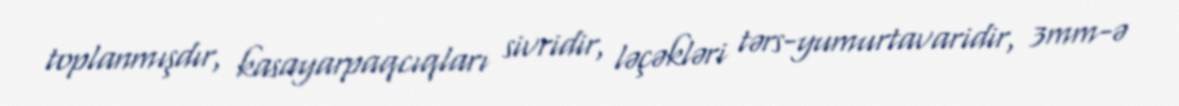
toplanmışdır, kasayarpaqcıqları sivridir, ləçəkləri tərs-yumurtavaridir, 3mm-ə